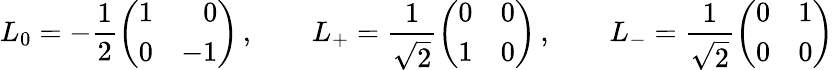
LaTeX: L_{0}=-\frac{1}{2}\left(\begin{array}{rr}{{1}}&{{0}}\\ {{0}}&{{-1}}\end{array}\right)\, ,\qquad L_{+}=\frac{1}{\sqrt{2}}\left(\begin{array}{rr}{{0}}&{{0}}\\ {{1}}&{{0}}\end{array}\right)\, ,\qquad L_{-}=\frac{1}{\sqrt{2}}\left(\begin{array}{rr}{{0}}&{{1}}\\ {{0}}&{{0}}\end{array}\right)